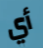
أي